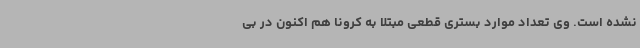
نشده است. وی تعداد موارد بستری قطعی مبتلا به کرونا هم اکنون در بی